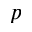
p